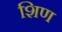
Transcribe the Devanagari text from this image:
शिण